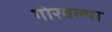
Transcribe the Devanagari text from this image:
गोरवल्या